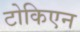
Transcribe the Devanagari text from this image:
टोकिएन